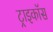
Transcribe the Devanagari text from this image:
ट्राइकॉस